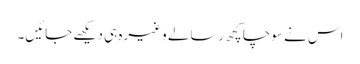
اس نے سوچا کچھ رسالے وغیرہ ہی دیکھے جائیں۔